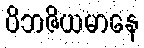
ဝိဘဇိယမာနေ